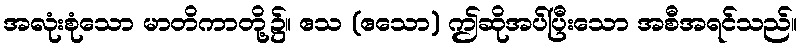
အလုံးစုံသော မာတိကာတို့၌။ ဧသ (ဧသော) ဤဆိုအပ်ပြီးသော အစီအရင်သည်။